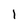
Character: 1